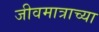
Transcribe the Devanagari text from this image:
जीवमात्राच्या